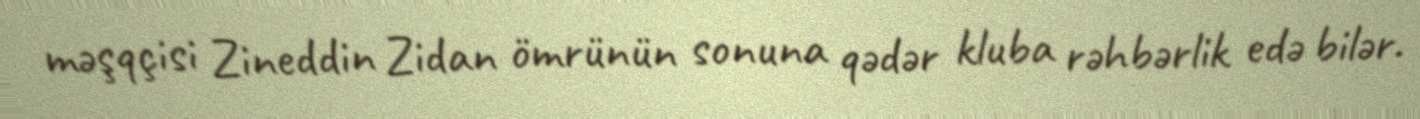
məşqçisi Zineddin Zidan ömrünün sonuna qədər kluba rəhbərlik edə bilər.